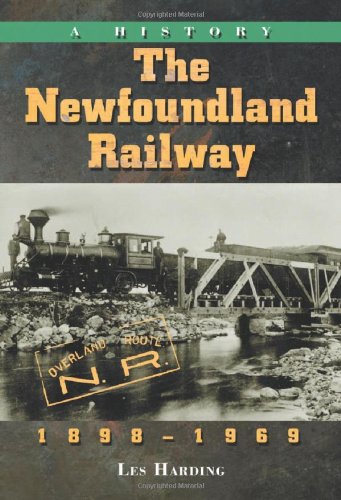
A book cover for The Newfoundland Railway, 1898-1969: A History; Les Harding; Travel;